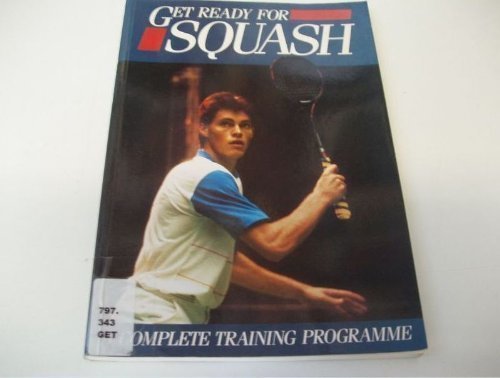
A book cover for Get Ready for Squash: A Complete Training Program; David Collins; Sports & Outdoors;